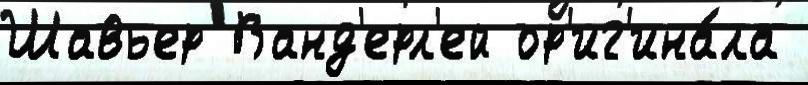
Шавьер Ванд'ерл'ей ор'иг'ина́ла